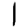
Digit: 1